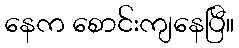
နေက စောင်းကျနေပြီ။